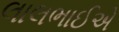
લાલભાઈએ